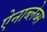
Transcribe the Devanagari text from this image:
ऐनाब्लेब्स